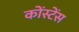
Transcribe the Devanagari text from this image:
कोंस्टेंस